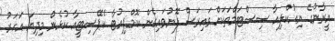
އީރާނުގެ ނިއުކްލިއާ ސިސްޓަމްތަކަށް ވައިރަސް ފޮނުވައިގެން ކޮމްޕިއުޓާ ކެޕޭސިޓީއާ ކުޅެން މިދިޔަ އަހަރު